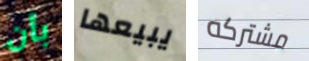
بأن يبيعها مشتركه